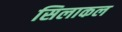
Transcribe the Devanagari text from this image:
सिलाकल